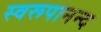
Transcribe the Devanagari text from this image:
स्वरूपानन्द